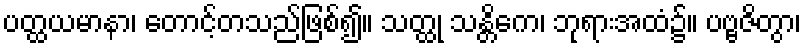
ပတ္ထယမာနာ၊ တောင့်တသည်ဖြစ်၍။ သတ္ထု သန္တိကေ၊ ဘုရားအထံ၌။ ပဗ္ဗဇိတွာ၊